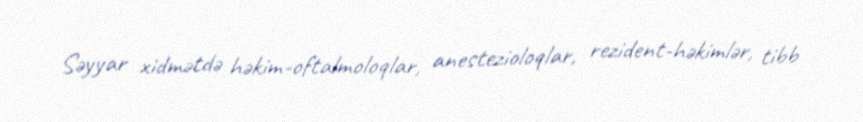
Səyyar xidmətdə həkim-oftalmoloqlar, anestezioloqlar, rezident-həkimlər, tibb